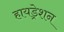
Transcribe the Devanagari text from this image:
हायड्रेशन